Mental hospitals Bombay report 1921-28 - 1921-1928
Year: 1921
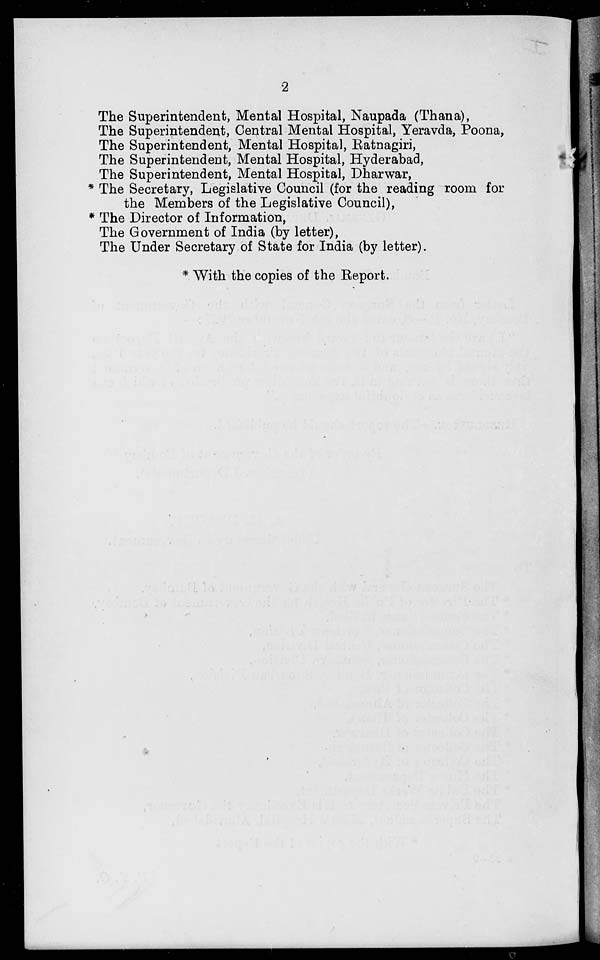
2
The Superintendent, Mental Hospital, Naupada (Thana),
The Superintendent, Central Mental Hospital, Yeravda, Poona,
The Superintendent, Mental Hospital, Ratnagiri,
The Superintendent, Mental Hospital, Hyderabad,
The Superintendent, Mental Hospital, Dharwar,
* The Secretary, Legislative Council (for the reading room for
the Members of the Legislative Council),
* The Director of Information,
The Government of India (by letter),
The Under Secretary of State for India (by letter).
* With the copies of the Report.